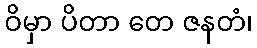
ဝိမှာ ပိတာ တေ ဇနတံ၊